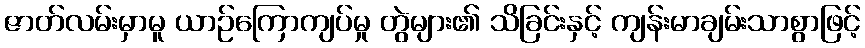
ဇာတ်လမ်းမှာမူ ယာဉ်ကြောကျပ်မှု တွဲများ၏ သိခြင်းနှင့် ကျန်းမာချမ်းသာစွာဖြင့်